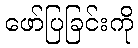
ဖော်ပြခြင်းကို